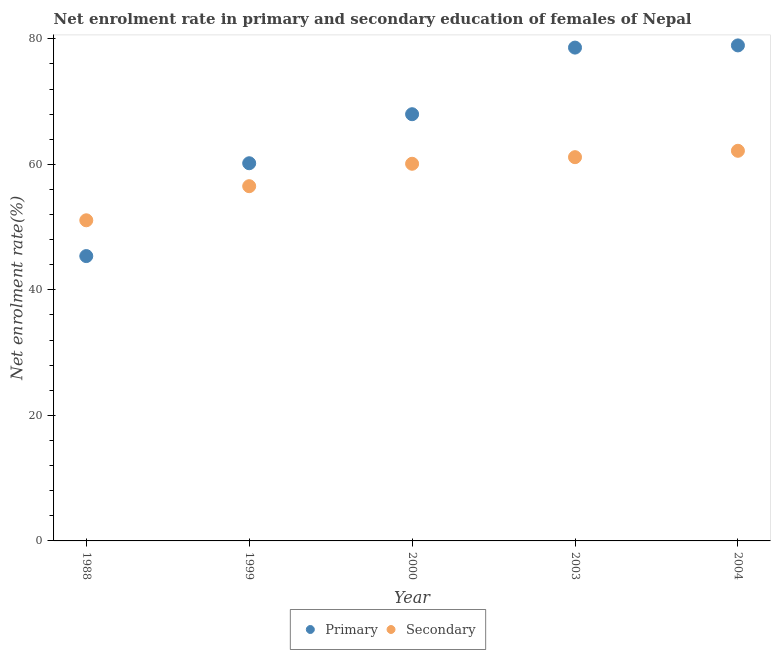
| Year | Primary | Secondary |
 | --- | --- | --- |
 | 1988 | 45.4 | 51.1 |
 | 1999 | 60.2 | 56.5 |
 | 2000 | 68 | 60.1 |
 | 2003 | 78.6 | 61.1 |
 | 2004 | 79 | 62.2 |